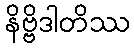
နိဗ္ဗိဒါတိဿ